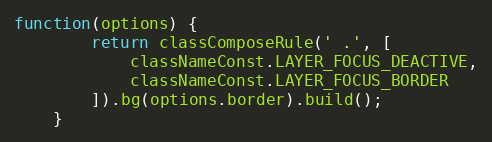
Language: JavaScript
function(options) {
        return classComposeRule(' .', [
            classNameConst.LAYER_FOCUS_DEACTIVE,
            classNameConst.LAYER_FOCUS_BORDER
        ]).bg(options.border).build();
    }